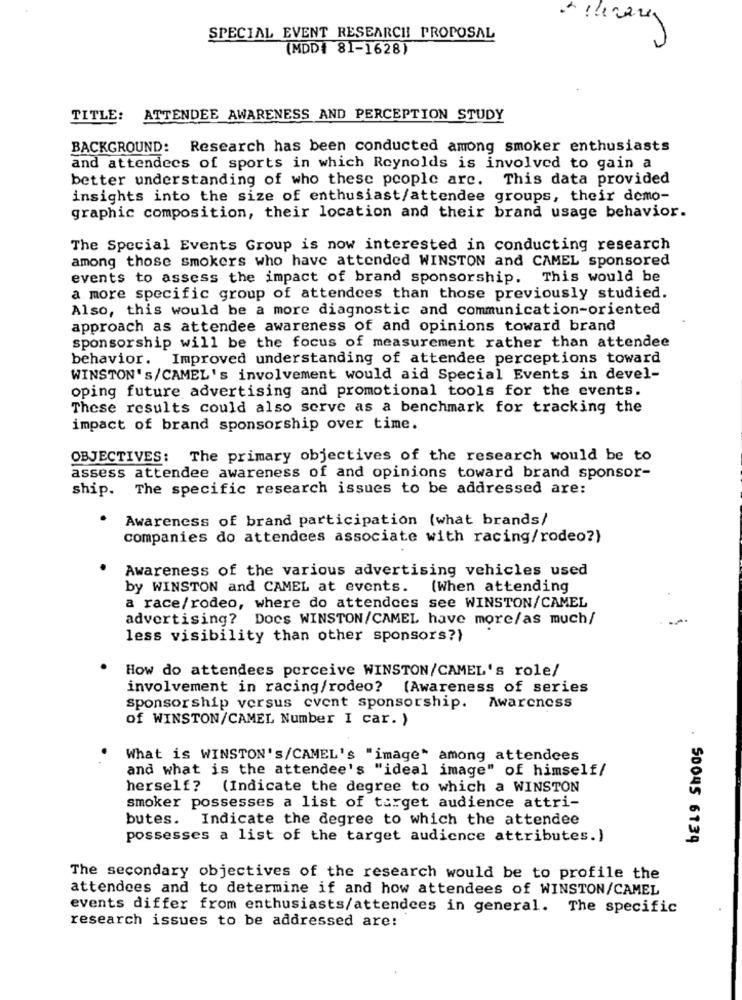
SPECIAL EVENT RESEARCH PROPOSAL
(MDD# 81-1628)
TITLE: ATTENDEE AWARENESS AND PERCEPTION STUDY
BACKGROUND: Research has been conducted among smoker enthusiasts
and attendees of sports in which Reynolds is involved to gain a
better understanding of who these people are. This data provided
insights into the size of enthusiast/attendee groups, their demo-
graphic composition, their location and their brand usage behavior.
The Special Events Group is now interested in conducting research
among those smokers who have attended WINSTON and CAMEL sponsored
events to assess the impact of brand sponsorship. This would be
a more specific group of attendees than those previously studied.
Also, this would be a more diagnostic and communication-oriented
approach as attendee awareness of and opinions toward brand
sponsorship will be the focus of measurement rather than attendee
behavior. Improved understanding of attendee perceptions toward
WINSTON'S/CAMEL's involvement would aid Special Events in devel-
oping future advertising and promotional tools for the events.
These results could also serve as a benchmark for tracking the
impact of brand sponsorship over time.
OBJECTIVES: The primary objectives of the research would be to
assess attendee awareness of and opinions toward brand sponsor-
ship. The specific research issues to be addressed are:
Awareness of brand participation (what brands/
companies do attendees associate with racing/rodeo?)
Awareness of the various advertising vehicles used
by WINSTON and CAMEL at events. (When attending
a race/rodeo, where do attendces see WINSTON/CAMEL
advertising? Does WINSTON/CAMEL have more/as much/
less visibility than other sponsors?)
How do attendees perceive WINSTON/CAMEL's role/
involvement in racing/rodeo? [Awareness of series
Awareness
sponsorship versus event sponsorship.
of WINSTON/CAMEL Number I car. )
What is WINSTON'S/CAMEL's "image" among attendees
and what is the attendee's "ideal image" of himself/
herself? (Indicate the degree to which a WINSTON
smoker possesses a list of target audience attri-
butes. Indicate the degree to which the attendee
possesses a list of the target audience attributes.)
SOONS 6139
The secondary objectives of the research would be to profile the
attendees and to determine if and how attendees of WINSTON/CAMEL
events differ from enthusiasts/attendees in general. The specific
research issues to be addressed are: